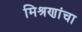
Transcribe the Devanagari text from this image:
मिश्रणांचा